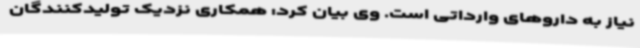
نیاز به داروهای وارداتی است. وی بیان کرد: همکاری نزدیک تولیدکنندگان